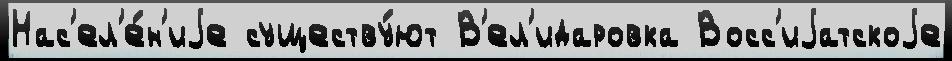
Нас'ел'е́н'иjе существу́ют В'ел'идаровка Восс'иjатскоjе